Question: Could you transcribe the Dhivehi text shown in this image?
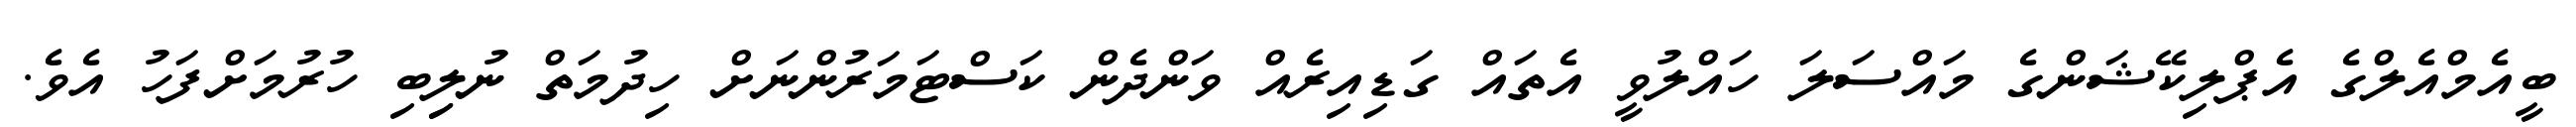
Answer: ބީއެމްއެލްގެ އެޕްލިކޭޝަންގެ މައްސަލަ ހައްލުވީ އެތައް ގަޑިއިރެއް ވަންދެން ކަސްޓަމަރުންނަށް ހިދުމަތް ނުލިިބި ހުރުމަށްފަހު އެވެ.